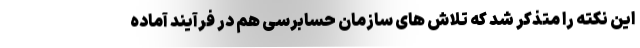
این نکته را متذکر شد که تلاش های سازمان حسابرسی هم در فرآیند آماده